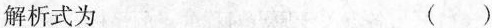
解析式为 ()